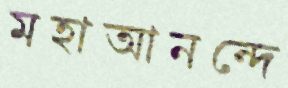
মহাআনন্দে